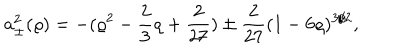
a _ { \pm } ^ { 2 } ( \varrho ) = - ( \varrho ^ { 2 } - \frac 2 3 \varrho + \frac { 2 } { 2 7 } ) \pm \frac { 2 } { 2 7 } ( 1 - 6 \varrho ) ^ { 3 / 2 } ,